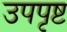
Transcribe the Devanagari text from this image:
उपपृष्ट